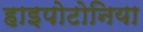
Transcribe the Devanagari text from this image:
हाइपोटोनिया